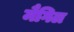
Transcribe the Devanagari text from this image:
मैगिल